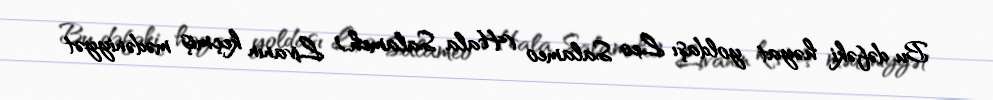
Bu dəfəki həyat yoldaşı Leo Salameo (Hala Salameh) Livanın keçmiş mədəniyyət